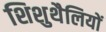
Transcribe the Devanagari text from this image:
शिशुथैलियों